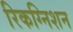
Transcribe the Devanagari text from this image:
रिकग्निशन